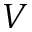
V